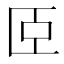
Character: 𦣞